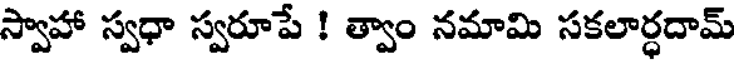
స్వాహా స్వధా స్వరూపే ! త్వాం నమామి సకలార్ధదామ్